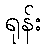
ရုန်း